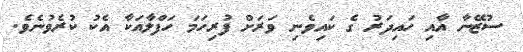
ސުޒޭނާ އާއި ހައިދަރު ގެ ކައިވެނި ވަރަށް ފުރިހަމަ ހަފްލާއަކާ އެކު ކުރެވުނެވެ.